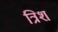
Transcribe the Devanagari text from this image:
त्रिश